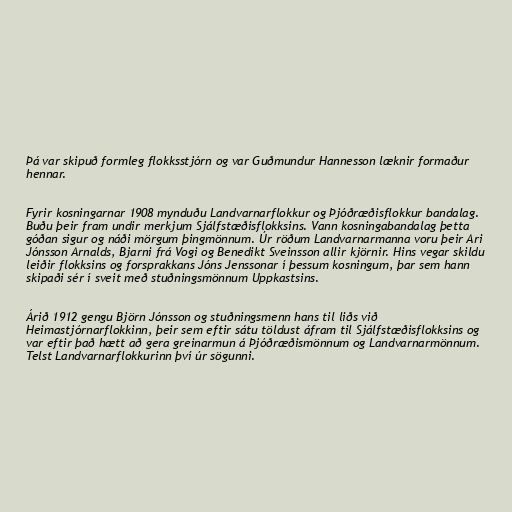
Þá var skipuð formleg flokksstjórn og var Guðmundur Hannesson læknir formaður
hennar.

Fyrir kosningarnar 1908 mynduðu Landvarnarflokkur og Þjóðræðisflokkur bandalag.
Buðu þeir fram undir merkjum Sjálfstæðisflokksins. Vann kosningabandalag þetta
góðan sigur og náði mörgum þingmönnum. Úr röðum Landvarnarmanna voru þeir Ari
Jónsson Arnalds, Bjarni frá Vogi og Benedikt Sveinsson allir kjörnir. Hins vegar skildu
leiðir flokksins og forsprakkans Jóns Jenssonar í þessum kosningum, þar sem hann
skipaði sér í sveit með stuðningsmönnum Uppkastsins.

Árið 1912 gengu Björn Jónsson og stuðningsmenn hans til liðs við
Heimastjórnarflokkinn, þeir sem eftir sátu töldust áfram til Sjálfstæðisflokksins og
var eftir það hætt að gera greinarmun á Þjóðræðismönnum og Landvarnarmönnum.
Telst Landvarnarflokkurinn því úr sögunni.